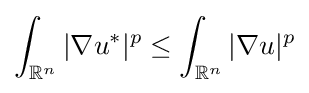
\int _{\mathbb {R} ^{n}}|\nabla u^{*}|^{p}\leq \int _{\mathbb {R} ^{n}}|\nabla u|^{p}